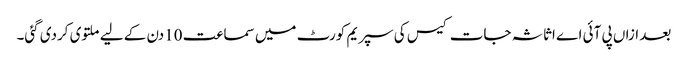
بعد ازاں پی آئی اے اثاثہ جات کیس کی سپریم کورٹ میں سماعت 10دن کے لیے ملتوی کردی گئی۔